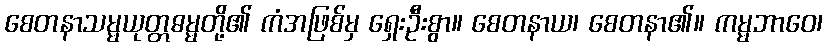
စေတနာသမ္မယုတ္တဓမ္မတို့၏ ကံအဖြစ်မှ ရှေးဦးစွာ။ စေတနာယ၊ စေတနာ၏။ ကမ္မဘာဝေ၊